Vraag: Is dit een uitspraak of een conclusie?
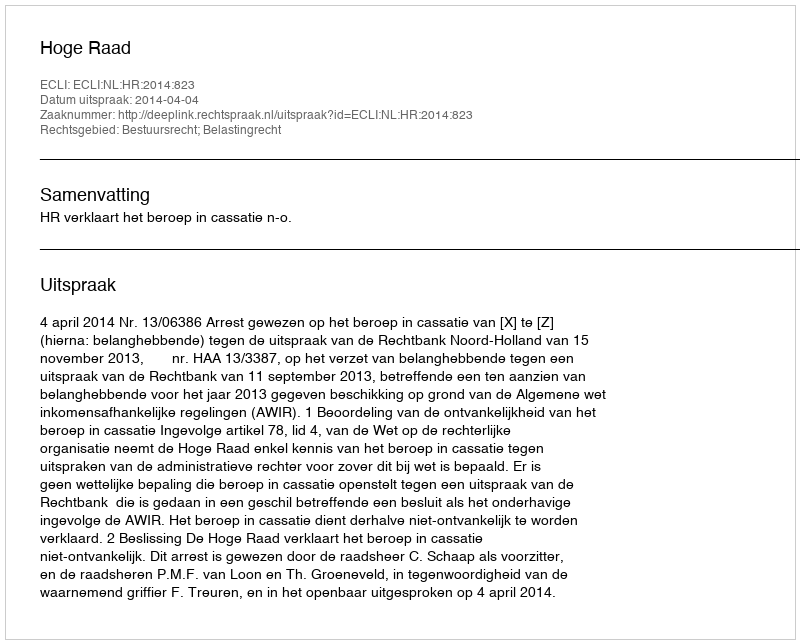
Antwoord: Uitspraak